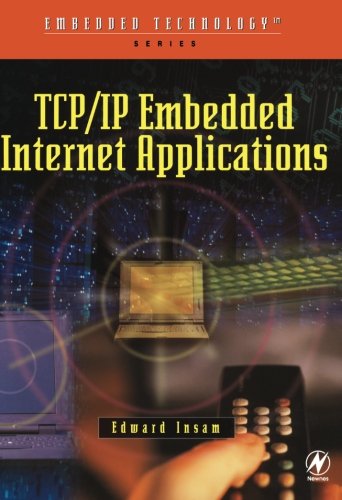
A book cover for TCP/IP Embedded Internet Applications (Embedded Technology); Edward Insam; Computers & Technology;